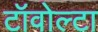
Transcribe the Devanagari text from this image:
टॉवोल्‍टा